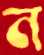
ন